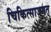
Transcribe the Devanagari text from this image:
चिकित्साजगत्‌